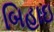
બિહાઇ